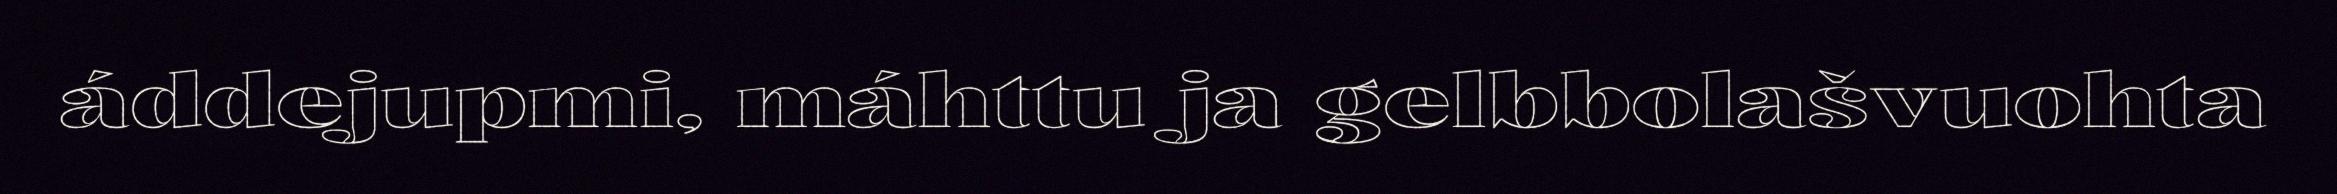
áddejupmi, máhttu ja gelbbolašvuohta